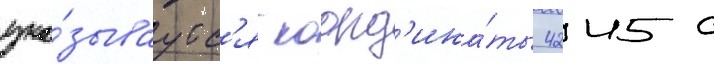
ука́зываутс'я коорд'ина́ты 4245 с